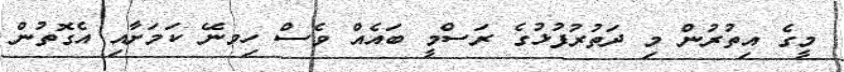
މީގެ އިތުރުން މި ދަތުރުފުޅުގެ ރަސްމީ ބައެއް ވެސް ހިމނޭ ކަމަށާއި އެގޮތުން